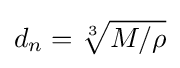
d_{n}={\sqrt[{3}]{M/\rho }}